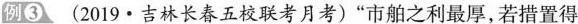
例③ (2019 · 吉林长春五校联考月考)“市舶之利最厚，若措置得